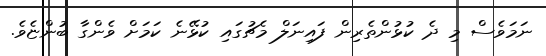
ނަމަވެސް މި ދެ ކުޅުންތެރިން ފައިނަލް މެޗުގައި ކުޅޭނެ ކަމަށް ވެންގާ ބުންޏެވެ.